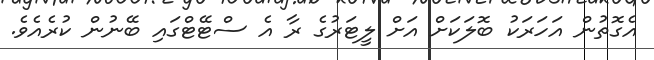
އެގޮތުން އަހަރަކު ބޮލަކަށް އަށް ލީޓަރުގެ ރާ އެ ސްޓޭޓްގައި ބޭނުން ކުރެއެވެ.